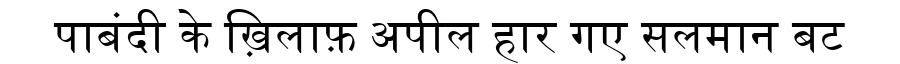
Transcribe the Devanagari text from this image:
पाबंदी के ख़िलाफ़ अपील हार गए सलमान बट